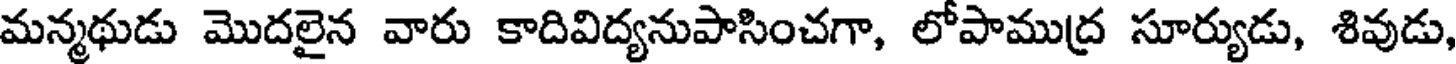
మన్మథుడు మొదలైన వారు కాదివిద్యనుపాసించగా, లోపాముద్ర సూర్యుడు, శివుడు,